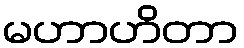
မဟာဟိတာ